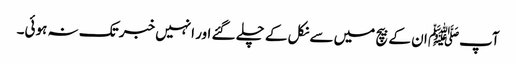
آپﷺ ان کے بیچ میں سے نکل کے چلے گئے اور انہیں خبر تک نہ ہوئی۔